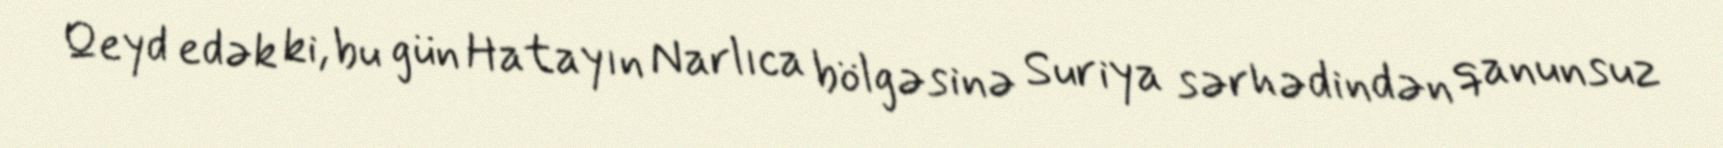
Qeyd edək ki, bu gün Hatayın Narlıca bölgəsinə Suriya sərhədindən qanunsuz